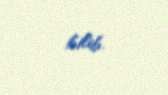
bilib.